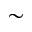
\sim